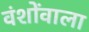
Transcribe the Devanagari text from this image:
वंशोंवाला